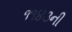
૧૧૪૩ની